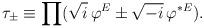
LaTeX: \begin{align*}\tau_\pm \equiv\prod (\sqrt{i}\,\varphi^E\pm \sqrt{-i}\,\varphi^{*E}).\end{align*}